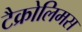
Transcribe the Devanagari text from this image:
टैक्रोलिमस